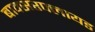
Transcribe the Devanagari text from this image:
बाक्सरफ्लायड